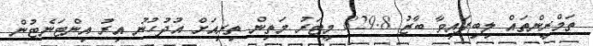
ތަމްރީންތައް ލިބިފައިވާ ބާޒު 829.8 މީޓަރު މަތިން ތިރިއަށް އުދުހުނު އިރު އިންޓަނެޓުން